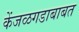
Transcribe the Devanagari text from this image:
केंजळगडाबाबत